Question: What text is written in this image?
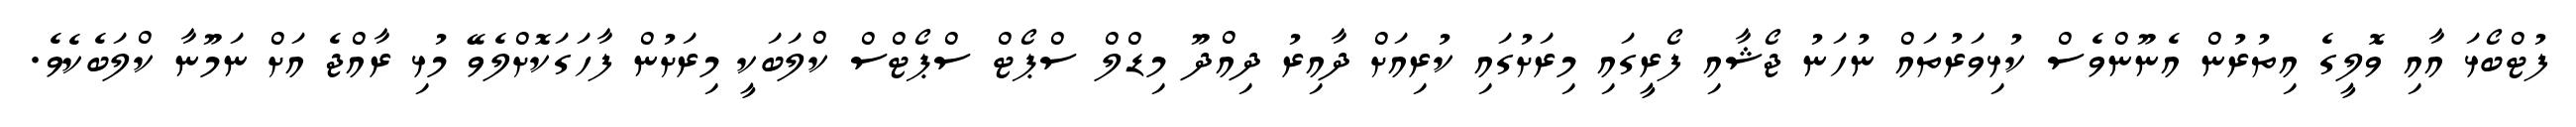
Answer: ފުޓްބޯޅަ އާއި ވޮލީގެ އިތުރުން އެނޫންވެސް ކުޅިވަރުތައް ނުހަނު ޖޯޝާއި ފޯރީގައި މިރަށުގައި ކުރިއަށް ދާއިރު ދިއްދޫ މިޑްލް ސްޕޯޓް ސްޕޯޓްސް ކްލަބަކީ މިރަށުން ފާހަގަކޮށްލެވޭ މުޅި ރާއްޖެ އަށް ނަމޫނާ ކްލަބެކެވެ.